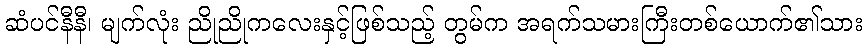
ဆံပင်နီနီ၊ မျက်လုံး ညိုညိုကလေးနှင့်ဖြစ်သည့် တွမ်က အရက်သမားကြီးတစ်ယောက်၏သား